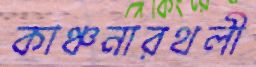
কাঞ্চনারথলী